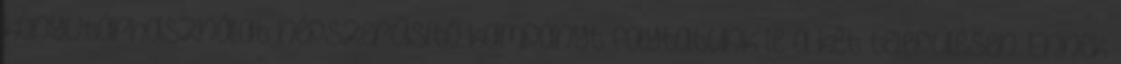
könyvtárhasználat népszerűsítő kampányt folytatunk le a két településen. Ennek